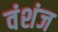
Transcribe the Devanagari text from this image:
वंशंज